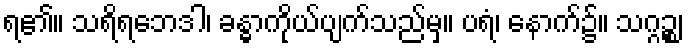
ရ၏။ သရိရဘေဒါ၊ ခန္ဓာကိုယ်ပျက်သည်မှ။ ပရံ၊ နောက်၌။ သဂ္ဂဉ္စ၊